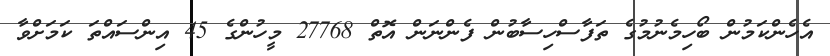
އެހެންކަމުން ބޯހިމެނުމުގެ ތަފާސްހިސާބުން ފެންނަން އޮތް 27768 މީހުންގެ 45 އިންސައްތަ ކަމަށްވާ